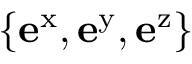
\{ \mathbf { e } ^ { \mathrm { x } } , \mathbf { e } ^ { \mathrm { y } } , \mathbf { e } ^ { \mathrm { z } } \}